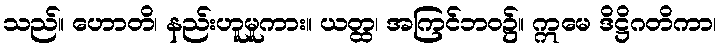
သည်။ ဟောတိ၊ နည်းဟူမူကား။ ယတ္ထ၊ အကြင်ဘဝ၌။ ဣမေ ဒိဋ္ဌိဂတိကာ၊